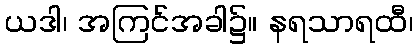
ယဒါ၊ အကြင်အခါ၌။ နရသာရထီ၊